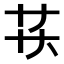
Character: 𬻋